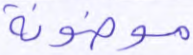
موضونة